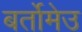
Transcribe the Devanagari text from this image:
बर्तोमेउ